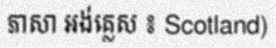
ភាសា អង់គ្លេស ៖ Scotland)